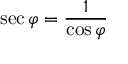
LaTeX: \sec \varphi = { \frac { 1 } { \cos \varphi } }